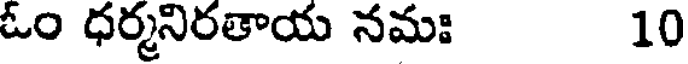
ఓం ధర్మనిరతాయ నమః 10